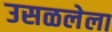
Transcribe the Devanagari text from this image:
उसळलेला